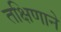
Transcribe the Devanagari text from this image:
तक्षिणाने